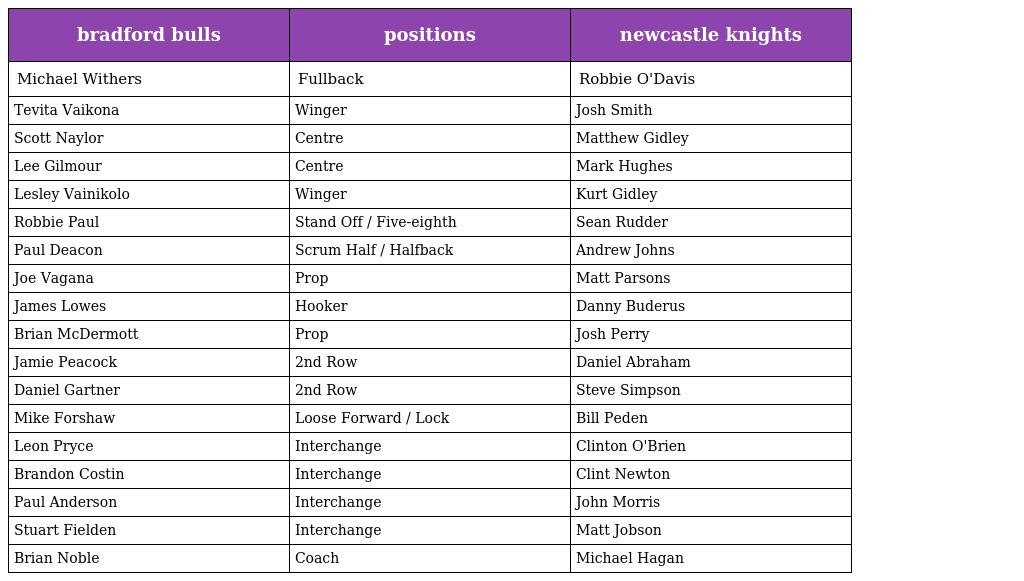
| bradford bulls | positions | newcastle knights |
 | --- | --- | --- |
 | Michael Withers | Fullback | Robbie O'Davis |
 | Tevita Vaikona | Winger | Josh Smith |
 | Scott Naylor | Centre | Matthew Gidley |
 | Lee Gilmour | Centre | Mark Hughes |
 | Lesley Vainikolo | Winger | Kurt Gidley |
 | Robbie Paul | Stand Off / Five-eighth | Sean Rudder |
 | Paul Deacon | Scrum Half / Halfback | Andrew Johns |
 | Joe Vagana | Prop | Matt Parsons |
 | James Lowes | Hooker | Danny Buderus |
 | Brian McDermott | Prop | Josh Perry |
 | Jamie Peacock | 2nd Row | Daniel Abraham |
 | Daniel Gartner | 2nd Row | Steve Simpson |
 | Mike Forshaw | Loose Forward / Lock | Bill Peden |
 | Leon Pryce | Interchange | Clinton O'Brien |
 | Brandon Costin | Interchange | Clint Newton |
 | Paul Anderson | Interchange | John Morris |
 | Stuart Fielden | Interchange | Matt Jobson |
 | Brian Noble | Coach | Michael Hagan |